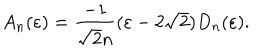
A _ { n } ( \varepsilon ) = \frac { - 1 } { \sqrt { 2 } n } ( \varepsilon - 2 \sqrt { 2 } ) D _ { n } ( \varepsilon ) .